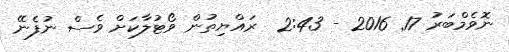
ނޮވެމްބަރު 17